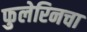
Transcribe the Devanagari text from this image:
फुलेरिनचा